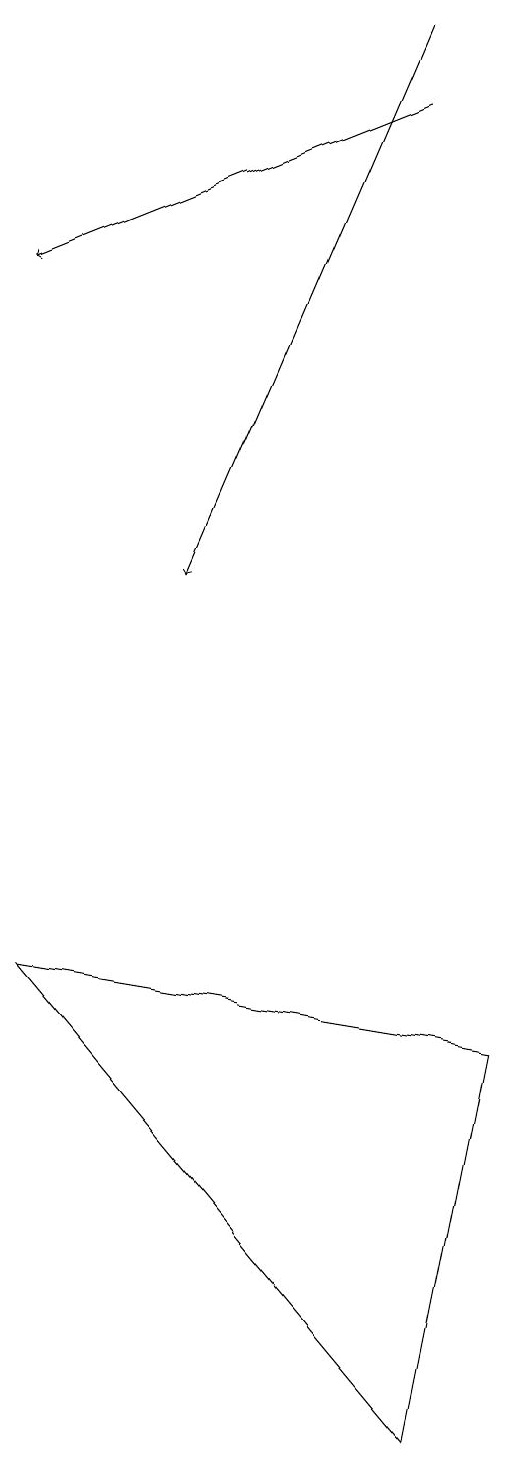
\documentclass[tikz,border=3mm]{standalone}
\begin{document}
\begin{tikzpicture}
\draw[->] (8,18) -- (5,11);
\draw (3,6) -- (8,0) -- (9,5) -- cycle;
\draw[->] (8,17) -- (3,15);
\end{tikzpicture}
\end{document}